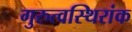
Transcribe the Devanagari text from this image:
गुरुत्वस्थिरांक